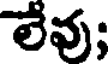
లేవు;